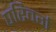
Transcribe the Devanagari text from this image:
परिवर्ग